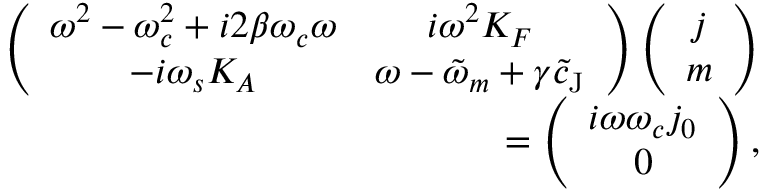
\begin{array} { r } { \left( \begin{array} { c c } { \omega ^ { 2 } - \omega _ { c } ^ { 2 } + i 2 \beta \omega _ { c } \omega } & { i \omega ^ { 2 } K _ { F } } \\ { - i \omega _ { s } K _ { A } } & { \omega - \tilde { \omega } _ { m } + \gamma \tilde { c } _ { \mathrm { J } } } \end{array} \right) \left( \begin{array} { c } { j } \\ { m } \end{array} \right) } \\ { = \left( \begin{array} { c } { i \omega \omega _ { c } j _ { 0 } } \\ { 0 } \end{array} \right) , } \end{array}